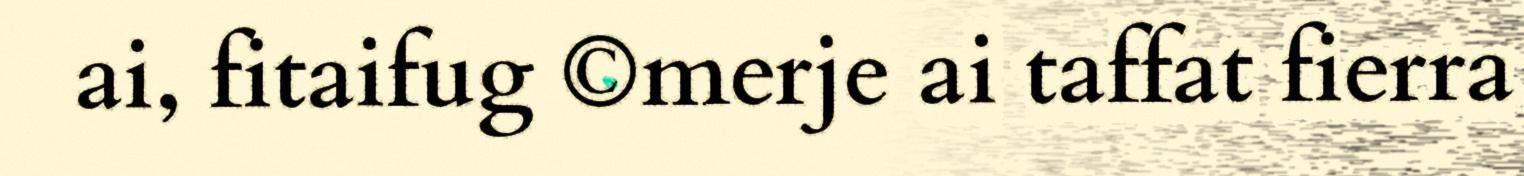
ai, fitaifug ©merje ai taffat fierra